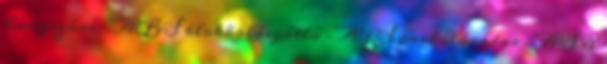
hangszóró – ABS blokkolásgátló – APS parkolóradar – ASR